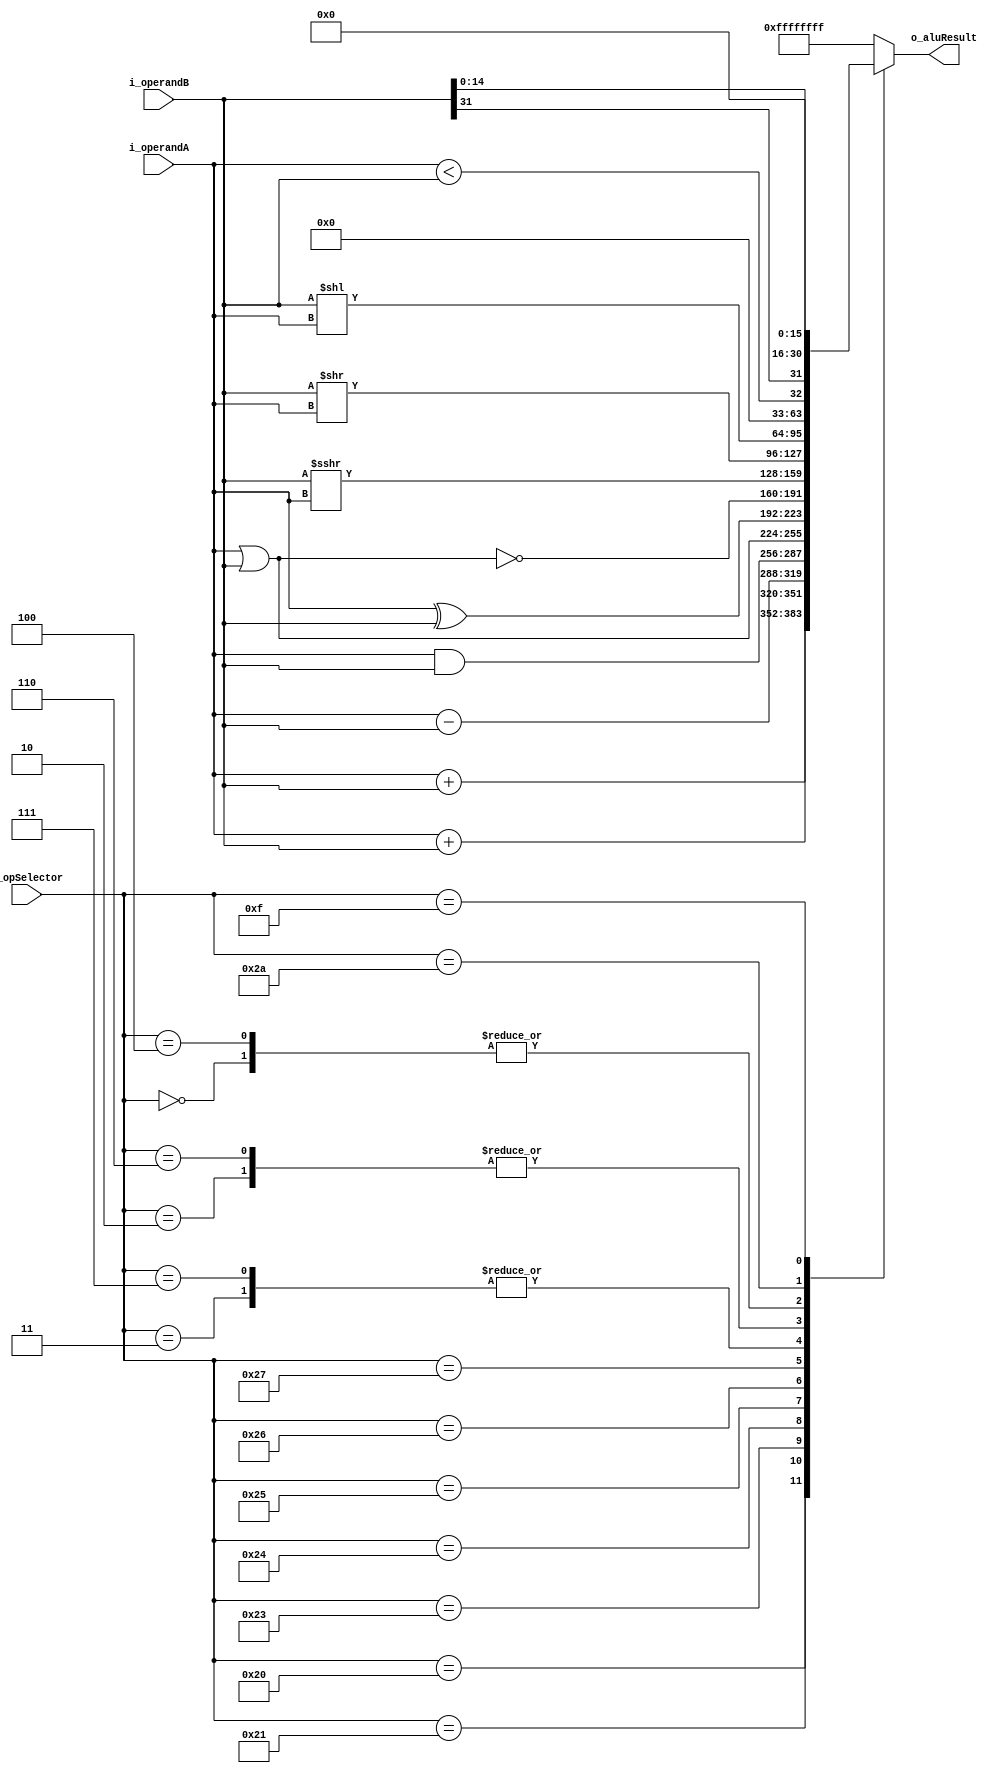
`timescale 1ns / 1ns


module ALU #(
    parameter DATA_LEN  = 32,
    parameter OP_LEN    = 6
)
( 
    input wire  [DATA_LEN-1 : 0] i_operandA,
    input wire  [DATA_LEN-1 : 0] i_operandB,
    input wire    [OP_LEN-1 : 0] i_opSelector,
    output wire [DATA_LEN-1 : 0] o_aluResult
); 

    localparam ADD = 6'b100000;
    localparam ADDU = 6'b100001;
    localparam SUBU = 6'b100011;
    
    localparam AND = 6'b100100;
    localparam OR  = 6'b100101;
    localparam XOR = 6'b100110;
    localparam NOR = 6'b100111;
    
    localparam SRA = 6'b000011;
    localparam SRAV = 6'b000111;
    localparam SRL = 6'b000010;
    localparam SRLV = 6'b000110;
        
    localparam SLL = 6'b000000;
    localparam SLLV = 6'b000100;
    
    localparam SLT = 6'b101010;
    
    localparam SET_UPPER = 6'b001111;
    
    reg [DATA_LEN-1 : 0] tempResult;
    
    //Alu out
    assign o_aluResult = tempResult;
   
    //Calculation
    always @(*)
        begin
            case(i_opSelector)
                ADD: tempResult = $signed(i_operandA) + $signed(i_operandB);            
                ADDU: tempResult = i_operandA + i_operandB;                
                SUBU: tempResult = i_operandA - i_operandB;
                
                AND: tempResult = i_operandA & i_operandB;
                OR : tempResult = i_operandA | i_operandB;
                XOR: tempResult = i_operandA ^ i_operandB;
                NOR: tempResult = ~(i_operandA | i_operandB);
                
                SRA: tempResult = $signed(i_operandB) >>> i_operandA;
                SRAV: tempResult = $signed(i_operandB) >>> i_operandA;  
                SRL: tempResult = i_operandB >> i_operandA;
                SRLV: tempResult = i_operandB >> i_operandA;
                
                SLL: tempResult = i_operandB << i_operandA;
                SLLV: tempResult = i_operandB << i_operandA;
                
                SLT: tempResult = $signed(i_operandA) < $signed(i_operandB);
                
                SET_UPPER: tempResult = {i_operandB[DATA_LEN-1],i_operandB[14:0],{16{1'b0}}};
                
                default : tempResult = {DATA_LEN {1'b1}};
            endcase
        end
    
endmodule